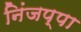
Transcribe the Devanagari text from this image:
निंजप्पा